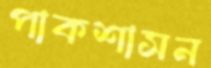
পাকশাসন